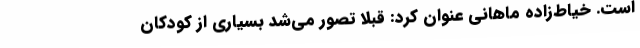
است. خیاط‌زاده ماهانی عنوان کرد: قبلا تصور می‌شد بسیاری از کودکان